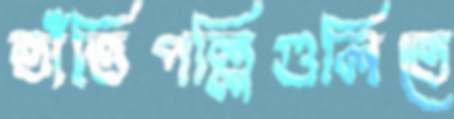
তাঁতিপল্লিগুলিতে